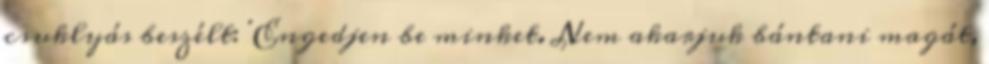
csuklyás beszélt: 'Engedjen be minket. Nem akarjuk bántani magát,